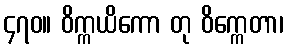
၄၇၀။ ဝိက္ကယိကော တု ဝိက္ကေတာ၊